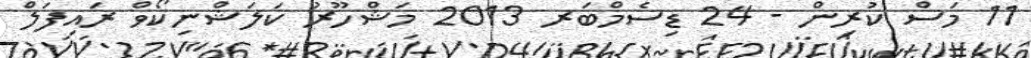
11 މަސް ކުރިން - 24 ޑިސެމްބަރ 2013 މަޝްހޫރު ކަލަޝްނިކޯވް ރައިފަލް